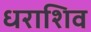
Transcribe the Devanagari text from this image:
धराशिव